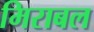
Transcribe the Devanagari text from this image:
मिराबल